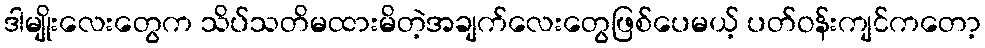
ဒါမျိုးလေးတွေက သိပ်သတိမထားမိတဲ့အချက်လေးတွေဖြစ်ပေမယ့် ပတ်ဝန်းကျင်ကတော့